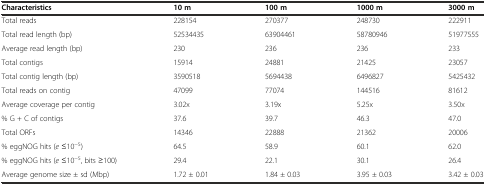
<table><thead><tr><td><b>Characteristics</b></td><td><b>10 m</b></td><td><b>100 m</b></td><td><b>1000 m</b></td><td><b>3000 m</b></td></tr></thead><tbody><tr><td>Total reads</td><td>228154</td><td>270377</td><td>248730</td><td>222911</td></tr><tr><td>Total read length (bp)</td><td>52534435</td><td>63904461</td><td>58780946</td><td>51977555</td></tr><tr><td>Average read length (bp)</td><td>230</td><td>236</td><td>236</td><td>233</td></tr><tr><td>Total contigs</td><td>15914</td><td>24881</td><td>21425</td><td>23057</td></tr><tr><td>Total contig length (bp)</td><td>3590518</td><td>5694438</td><td>6496827</td><td>5425432</td></tr><tr><td>Total reads on contig</td><td>47099</td><td>77074</td><td>144516</td><td>81612</td></tr><tr><td>Average coverage per contig</td><td>3.02x</td><td>3.19x</td><td>5.25x</td><td>3.50x</td></tr><tr><td>% G + C of contigs</td><td>37.6</td><td>39.7</td><td>46.3</td><td>47.0</td></tr><tr><td>Total ORFs</td><td>14346</td><td>22888</td><td>21362</td><td>20006</td></tr><tr><td>% eggNOG hits (<i>e</i> ≤10<sup>−5</sup>)</td><td>64.5</td><td>58.9</td><td>60.1</td><td>62.0</td></tr><tr><td>% eggNOG hits (<i>e</i> ≤10<sup>−5</sup>, bits ≥100)</td><td>29.4</td><td>22.1</td><td>30.1</td><td>26.4</td></tr><tr><td>Average genome size ± sd (Mbp)</td><td>1.72 ± 0.01</td><td>1.84 ± 0.03</td><td>3.95 ± 0.03</td><td>3.42 ± 0.03</td></tr></tbody></table>